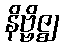
နိဗ္ဗိဇ္ဈ